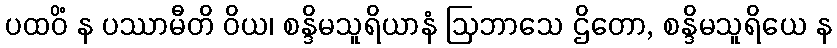
ပထဝိံ န ပဿာမီတိ ဝိယ၊ စန္ဒိမသူရိယာနံ ဩဘာသေ ဌိတော, စန္ဒိမသူရိယေ န